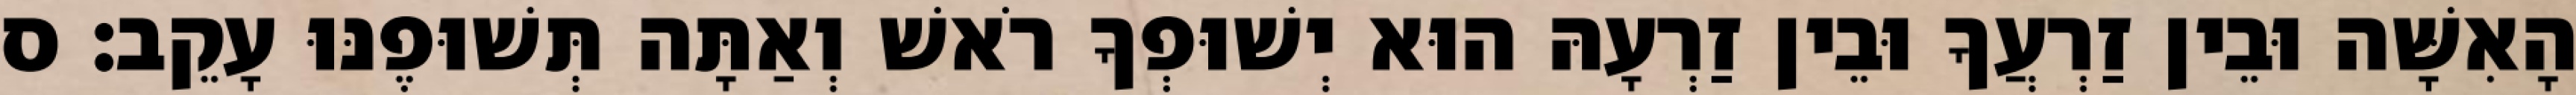
הָאִשָּׁה וּבֵין זַרְעֲךָ וּבֵין זַרְעָהּ הוּא יְשׁוּפְךָ רֹאשׁ וְאַתָּה תְּשׁוּפֶנּוּ עָקֵב׃ ס